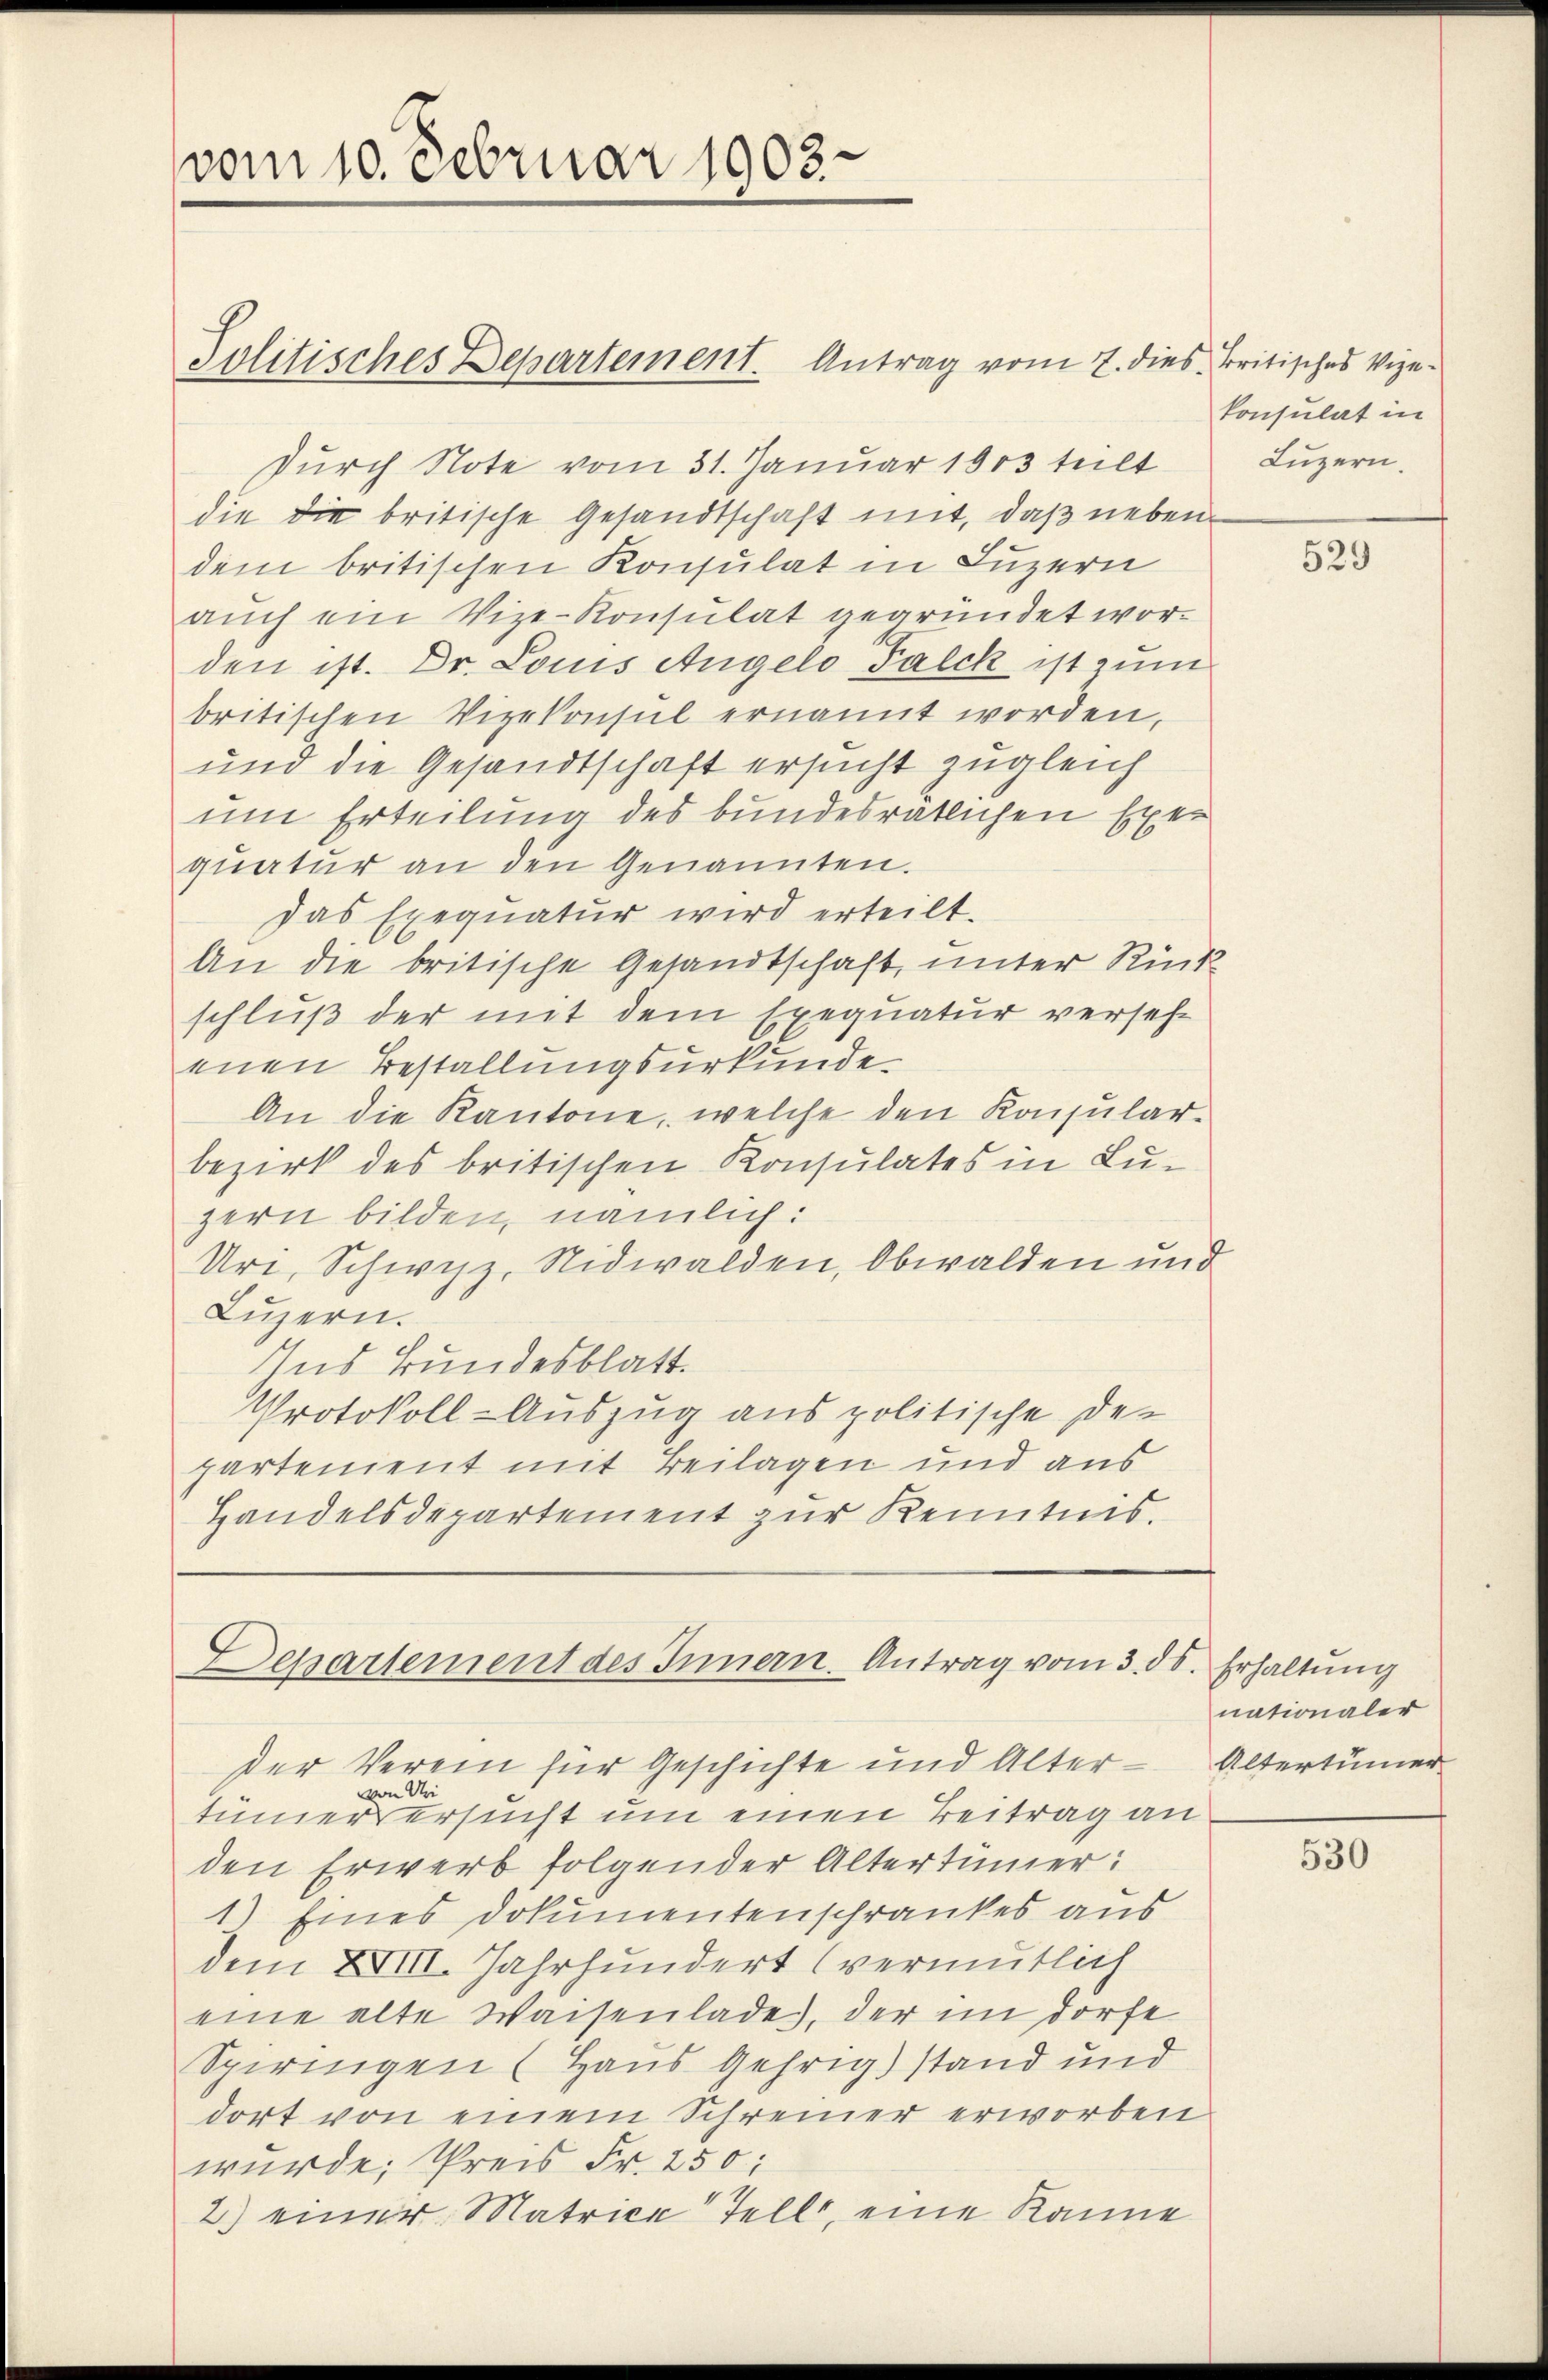
vom 10. Februar 1903.

Politisches Departement. Antrag vom 7. dies Britisches Vize-
durch Note vom 31. Januar 1903 teilt
die die britische Gesandtschaft mit, daß nebendem britischen Konsulat in Luzern
aŭch ein Vize-Konsulat gegründet worden ist. Dr. Louis Angelo Falck ist zum
britischen Vizekonsul ernannt worden,
und die Gesandtschaft ersucht zugleich
um Erteilung des bundesrätlichen Exer
quatur an den Genannten.
das Exequatur wird erteilt.
An die britische Gesandtschaft, unter Rück-
schluß der mit dem Exequatur versehe
ennen Bestallungsurkunde
An die Kantone, welche den Konsular-
bezirk des britischen Konsulates in Luzern bilden, nämlich:
Uri, Schwyz, Nidwalden, Obwalden und
Luzern.
Ins Bundesblatt.
Protokoll-Auszug aus politische Departenient mit Beilagen und aus
Handelsdepartement zur Kenntnis.

Dessartement des Innern. Antrag vom 3. ds. Erhaltung

der Verein für Geschichte und Alter - Altertümer
von Uri
tümers ersucht um einen Beitrag an
den Erwerb folgender Altertümer:
1) Eines Dokumentenschrankes aus
dem XVIII. Jahrhundert (vermutlich
eine alte Waisenlade, der im dorfe
Spiringen (Haus Gehrig) stand und
dort von einem Schreier erworben
wurde; Preis Fr. 250;
2) einer Matrice tellt, eine Kanne

konsulat in
Luzern.

529

nationaler

530